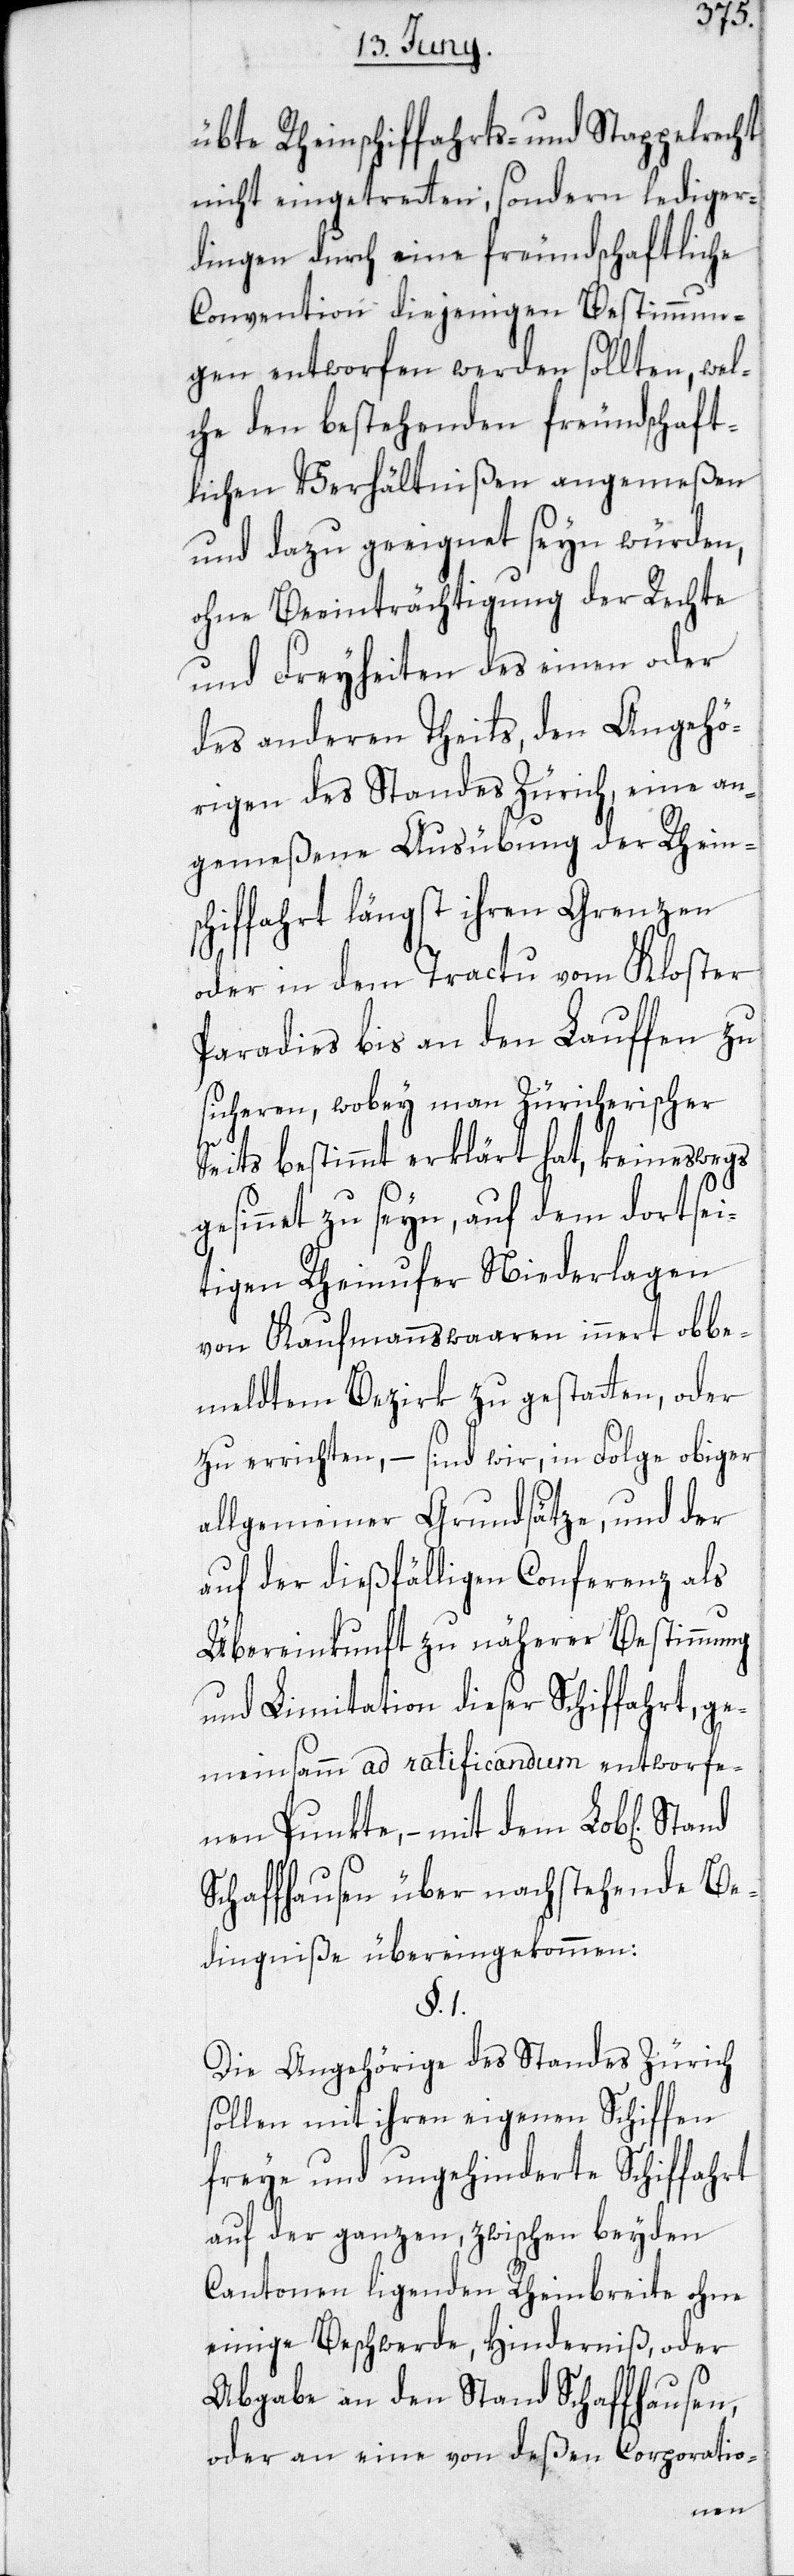
übte Rheinschiffahrts- und Stappelrecht
nicht eingetretten, sondern lediger¬
dingen durch eine freundschaftliche
Convention diejenigen Bestimmun¬
gen entworfen werden sollten, wel¬
che den bestehenden freundschaft¬
lichen Verhältnißen angemeßen
und dazu geeignet seyn würden,
ohne Beeinträchtigung der Rechte
und Freyheiten des einen oder
des anderen Theils, den Angehö¬
rigen des Standes Zürich, eine an¬
gemeßene Ausübung der Rheins¬
chiffahrt längst ihren Grenzen
oder in dem Tractu vom Kloster
Paradies bis an den Lauffen zu
sicheren, wobey man Züricherischer
Seits bestimmt erklärt hat, keineswegs
gesinnet zu seyn, auf dem dortsei¬
tigen Rheinufer Niederlagen
von Kaufmannswaaren innert obbe¬
meldtem Bezirk zu gestatten, oder
zu errichten, – sind wir, in Folge obiger
allgemeiner Grundsätze, und der
auf der dießfälligen Conferenz als
Übereinkunft zu näherer Bestimmung
und Limitation dieser Schiffahrt, ge¬
meinsam ad ratificandum entworfe¬
nen Punkte, – mit dem Lob[lichen]
Schaffhausen über nachstehende Be¬
dingniße übereingekommen:
§. 1.
Die Angehörige[n] des Standes Zürich
sollen mit ihren eigenen Schiffen
freye und ungehinderte Schiffahrt
auf der ganzen, zwischen beyden
Cantonen ligenden Rheinbreite ohne
einige Beschwerde, Hinderniß, oder
Abgabe an den Stand Schaffhausen,
oder an eine von deßen Corporatio-